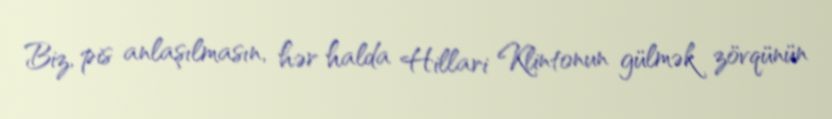
Biz, pis anlaşılmasın, hər halda Hillari Klintonun gülmək zövqünün